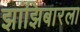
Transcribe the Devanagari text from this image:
झांझिबारला